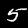
Label: 5